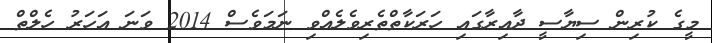
މީގެ ކުރިން ސިޔާސީ ދާއިރާގައި ހަރަކާތްތެރިވެލެއްވި ނަމަވެސް 2014 ވަނަ އަހަރު ހެލްތް